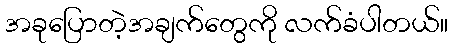
အခုပြောတဲ့အချက်တွေကို လက်ခံပါတယ်။